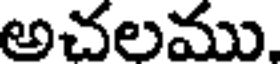
అచలము.